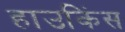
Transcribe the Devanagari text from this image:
हाउकिंस